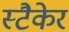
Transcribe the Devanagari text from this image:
स्टैकेर